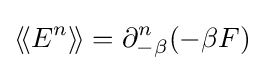
\langle \!\langle E^{n}\rangle \!\rangle =\partial _{-\beta }^{n}(-\beta F)